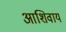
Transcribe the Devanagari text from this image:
आशिवाय